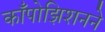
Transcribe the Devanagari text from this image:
काँपोझिशनने